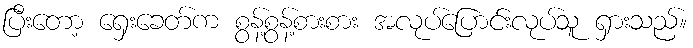
ပြီးတော့ ရှေးခေတ်က စွန့်စွန့်စားစား အလုပ်ပြောင်းလုပ်သူ ရှားသည်။